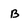
Character: B